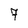
Character: 7